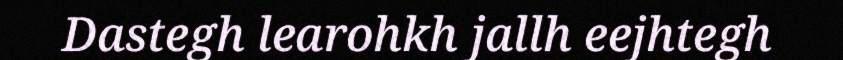
Dastegh learohkh jallh eejhtegh